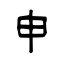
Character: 申